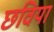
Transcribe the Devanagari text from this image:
छविया